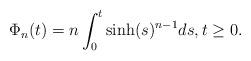
LaTeX: \begin{align*}\Phi_n(t) = n \int_0^t \sinh(s)^{n-1} ds, t \geq 0.\end{align*}